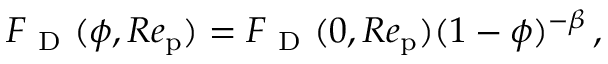
{ F _ { \mathrm { ~ D ~ } } } ( \phi , R e _ { \mathrm { p } } ) = { F _ { \mathrm { ~ D ~ } } } ( 0 , R e _ { \mathrm { p } } ) ( 1 - \phi ) ^ { - \beta } \, ,